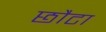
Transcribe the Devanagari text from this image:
छौटा